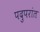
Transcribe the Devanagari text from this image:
पदुपरांत